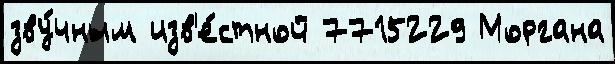
зву́чным изв'е́стной 7715229 Моргана